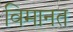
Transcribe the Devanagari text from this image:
विमानत